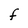
Character: F